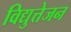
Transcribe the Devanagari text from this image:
विद्युत्तेजन